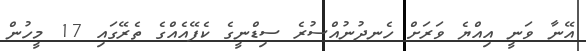
އޭނާ ވަނީ އިއްޔެ ވަރަށް ހެނދުނުއްސުރެ ސިޑްނީގެ ކެފޭއެއްގެ ތެރޭގައި 17 މީހުން